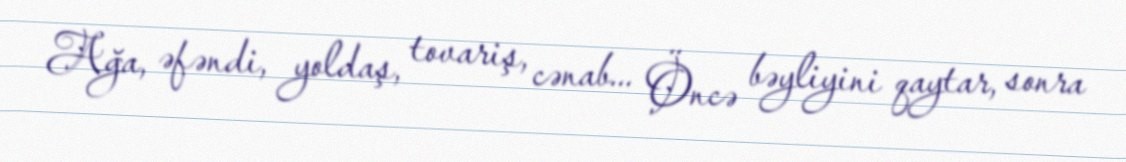
Ağa, əfəndi, yoldaş, tovariş, cənab... Öncə bəyliyini qaytar, sonra